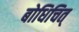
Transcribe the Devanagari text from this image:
बोधिचित्